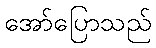
အော်ပြောသည်